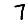
Digit: 7